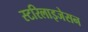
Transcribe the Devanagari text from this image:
स्टरिलाइजेसन